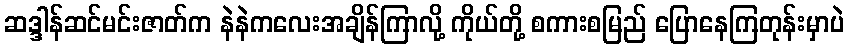
ဆဒ္ဒါန်ဆင်မင်းဇာတ်က နဲနဲကလေးအချိန်ကြာလို့ ကိုယ်တို့ စကားစမြည် ပြောနေကြတုန်းမှာပဲ